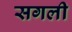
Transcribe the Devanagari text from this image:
सगली